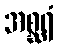
အစ္ဆရံ